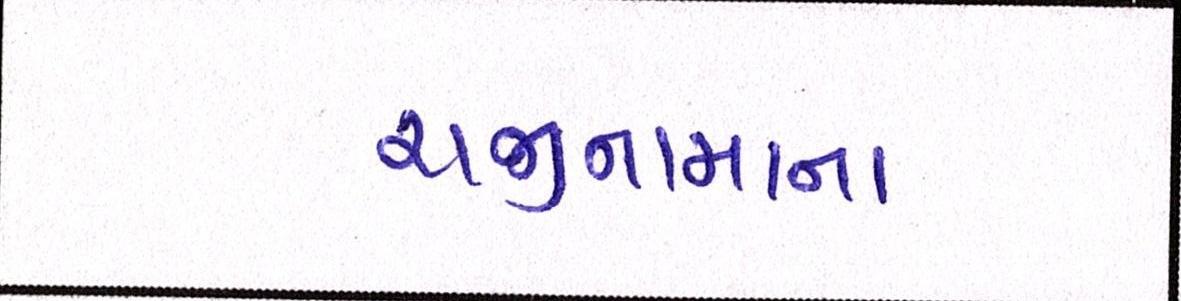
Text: રાજીનામાના